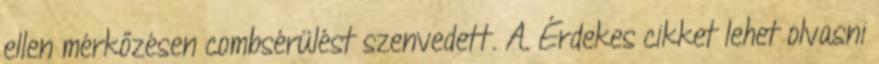
ellen mérkőzésen combsérülést szenvedett. A. Érdekes cikket lehet olvasni